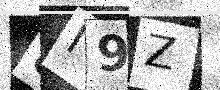
Text: 8I9Z